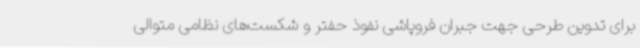
برای تدوین طرحی جهت جبران فروپاشی نفوذ حفتر و شکست‌های نظامی متوالی